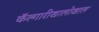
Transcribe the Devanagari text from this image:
कॅल्गारीखालोखाल